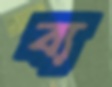
ব্য